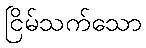
ငြိမ်သက်သော